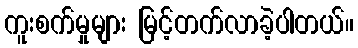
ကူးစက်မှုများ မြင့်တက်လာခဲ့ပါတယ်။